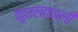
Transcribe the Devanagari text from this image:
कुशलतावली